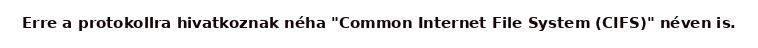
Erre a protokollra hivatkoznak néha "Common Internet File System (CIFS)" néven is.